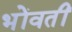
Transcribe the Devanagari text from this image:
भोंवतीं